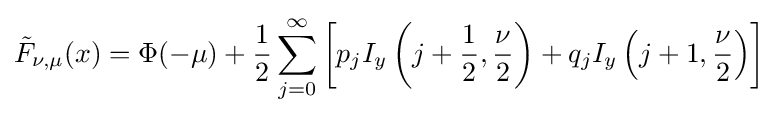
{\tilde {F}}_{\nu ,\mu }(x)=\Phi (-\mu )+{\frac {1}{2}}\sum _{j=0}^{\infty }\left[p_{j}I_{y}\left(j+{\frac {1}{2}},{\frac {\nu }{2}}\right)+q_{j}I_{y}\left(j+1,{\frac {\nu }{2}}\right)\right]